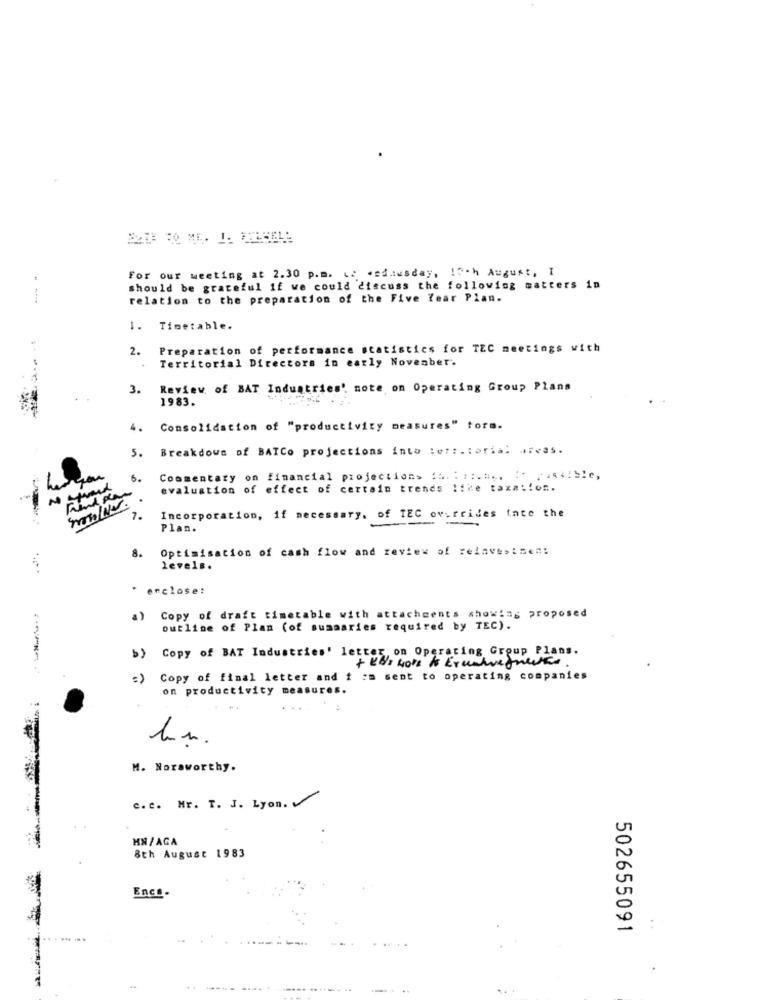
For our meeting at 2.30 p.m. 12 #ediusday, 15ch August, I
should be grateful if we could discuss the following matters in
relation to the preparation of the Five Year Plan.
1. Timetable.
2.
Preparation of performance statistics for TEC meetings with
.
Territorial Directors in early November.
3.
Review of BAT Industries' note on Operating Group Plans
1983.
4.
Consolidation of "productivity measures" form.
5.
Breakdown of BATCo projections into territorial Areas.
6.
Commentary on financial projections ## .: ::... ** ****! ble,
evaluation of effect of certain trends like taxation.
Incorporation, if necessary, of TEC overrides iate the
7.
-
Plan.
8.
Optimisation of cash flow and review of reinvestment
levels.
enclose:
a)
Copy of draft timetable with attachments showing proposed
outline of Plan (of summaries required by TEC).
b>
Copy of BAT Industries' letter, on Operating Group Plans.
Copy of final letter and f om sent to operating companies
on productivity measures.
..
M. Noraworthy.
c.c. Mr. T. J. Lyon.
KN/AGA
8th August 1983
Encs.
502655091
...--
. .